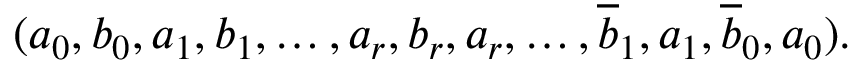
( a _ { 0 } , b _ { 0 } , a _ { 1 } , b _ { 1 } , \ldots , a _ { r } , b _ { r } , a _ { r } , \ldots , \overline { { b } } _ { 1 } , a _ { 1 } , \overline { { b } } _ { 0 } , a _ { 0 } ) .